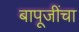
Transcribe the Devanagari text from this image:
बापूजींचा